255_413270_UFO's_and_Defense_What_Should_we_Prepare_For
Agency: NASA
Page 47
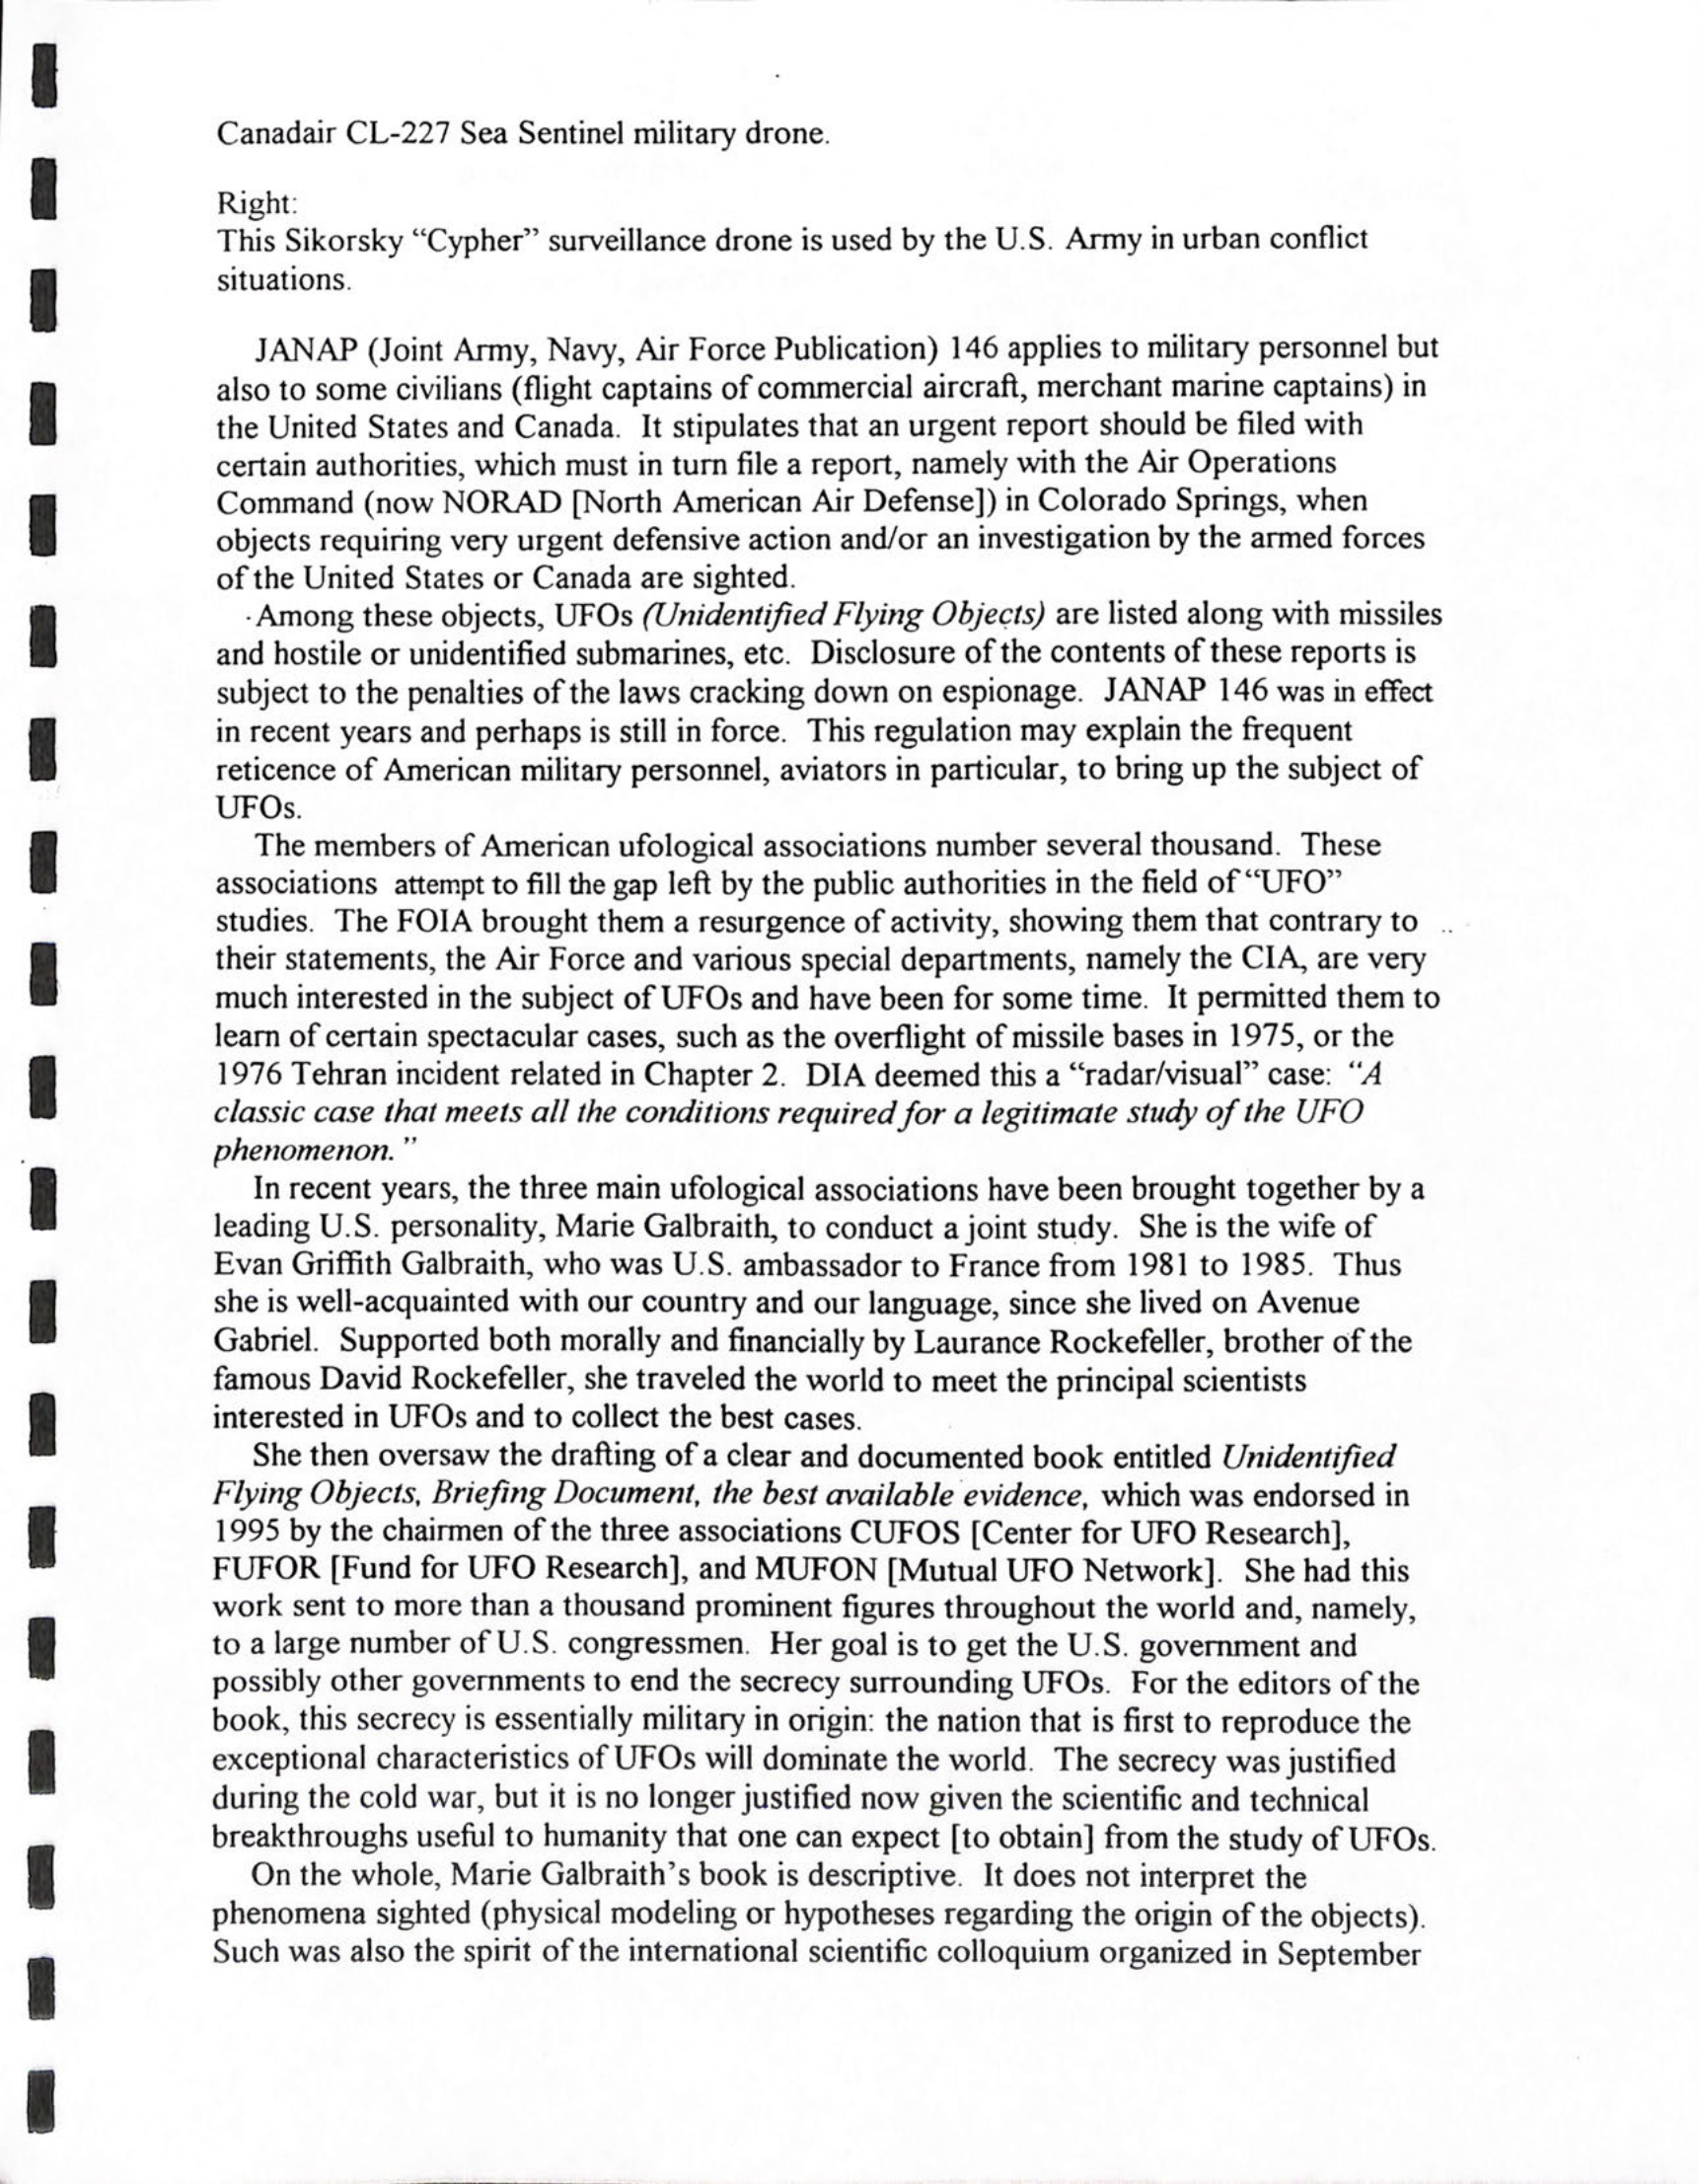